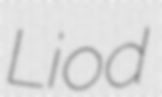
Liod